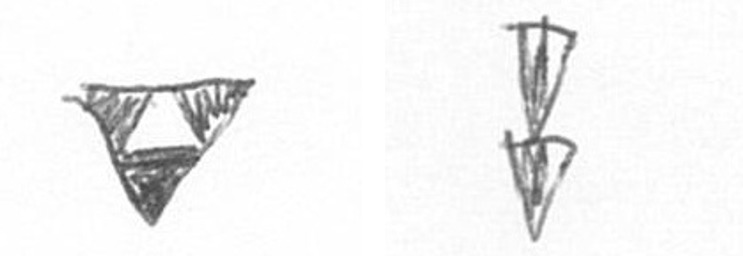
S Z